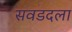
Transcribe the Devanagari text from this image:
सवडदला